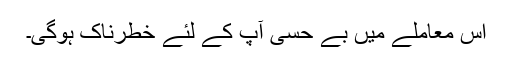
اس معاملے میں بے حسی آپ کے لئے خطرناک ہوگی۔